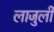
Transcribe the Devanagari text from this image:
लाजुली